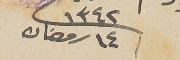
١٣٤٢ ١٤ رمضان